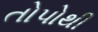
તોપોથી